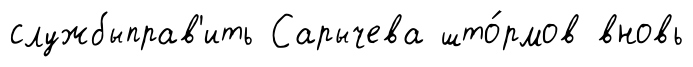
службыправ'ить Сарычева што́рмов вновь